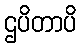
ဌပိတာပိ